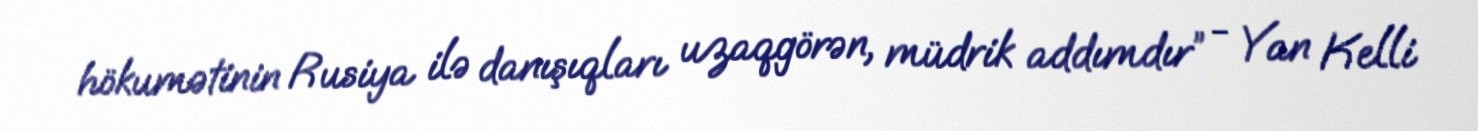
hökumətinin Rusiya ilə danışıqları uzaqgörən, müdrik addımdır” - Yan Kelli